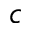
c